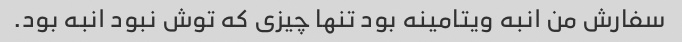
سفارش من انبه ویتامینه بود تنها چیزی که توش نبود انبه بود.